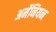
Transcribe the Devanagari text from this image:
अर्मेनियन